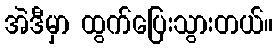
အဲဒီမှာ ထွက်ပြေးသွားတယ်။